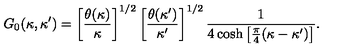
G _ { 0 } ( \kappa , \kappa ^ { \prime } ) = \left[ \frac { \theta ( \kappa ) } { \kappa } \right] ^ { 1 / 2 } \left[ \frac { \theta ( \kappa ^ { \prime } ) } { \kappa ^ { \prime } } \right] ^ { 1 / 2 } \frac { 1 } { 4 \cosh \left[ \frac { \pi } { 4 } ( \kappa - \kappa ^ { \prime } ) \right] } .